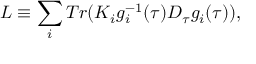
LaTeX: L \equiv \sum _ { i } T r ( K _ { i } g _ { i } ^ { - 1 } ( \tau ) D _ { \tau } g _ { i } ( \tau ) ) ,